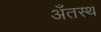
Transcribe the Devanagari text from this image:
अँतस्थ